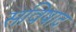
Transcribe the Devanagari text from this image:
सविषाद